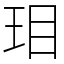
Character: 㺺